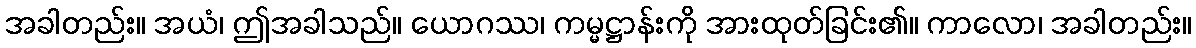
အခါတည်း။ အယံ၊ ဤအခါသည်။ ယောဂဿ၊ ကမ္မဋ္ဌာန်းကို အားထုတ်ခြင်း၏။ ကာလော၊ အခါတည်း။